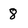
Character: 8